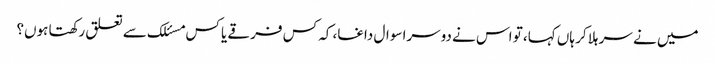
میں نے سر ہلا کر ہاں کہا، تو اس نے دوسرا سوال داغا، کہ کس فرقے یا کس مسئلک سے تعلق رکھتا ہوں؟